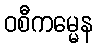
ဝစီကမ္မေန